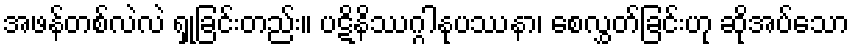
အဖန်တစ်လဲလဲ ရှုခြင်းတည်း။ ပဋိနိဿဂ္ဂါနုပဿနာ၊ စေလွှတ်ခြင်းဟု ဆိုအပ်သော